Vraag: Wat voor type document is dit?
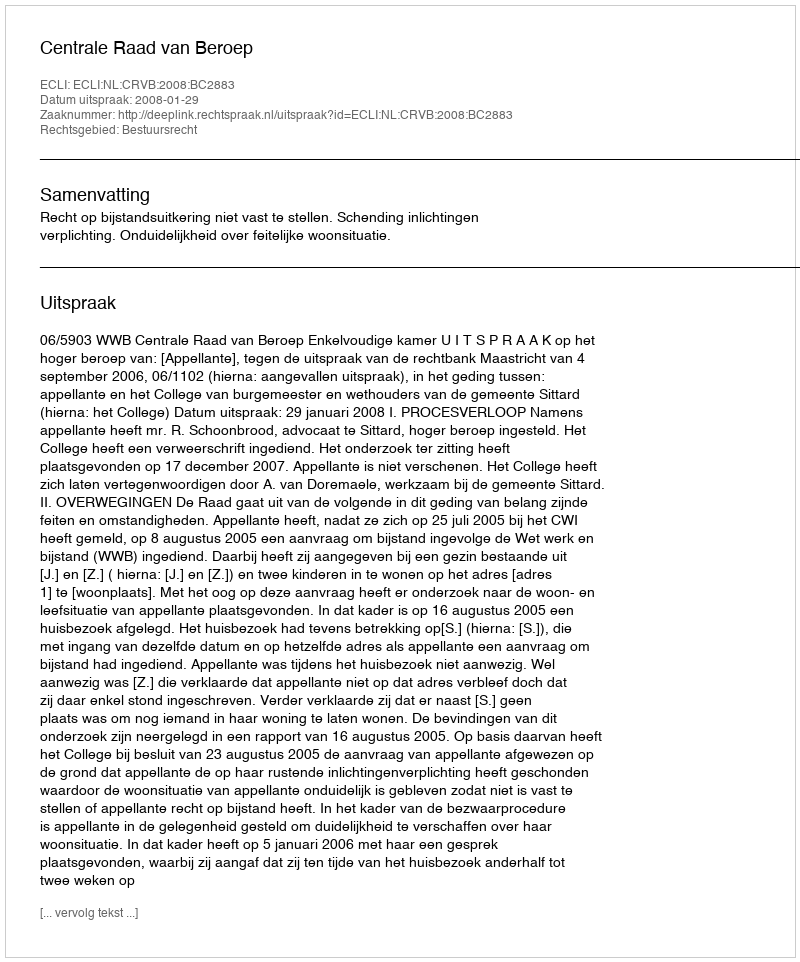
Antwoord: Uitspraak